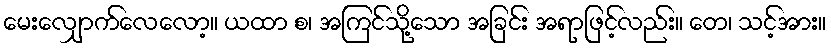
မေးလျှောက်လေလော့။ ယထာ စ၊ အကြင်သို့သော အခြင်း အရာဖြင့်လည်း။ တေ၊ သင့်အား။